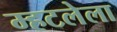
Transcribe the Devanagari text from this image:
म्हटलेला